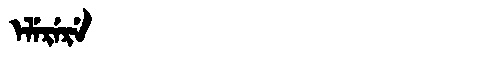
Manchu: ᡝᠯᡝᡵᡝᡵᡝ
Romanization: ELERERE